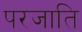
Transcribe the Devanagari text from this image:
परजाति